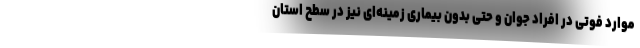
موارد فوتی در افراد جوان و حتی بدون بیماری زمینه‌ای نیز در سطح استان